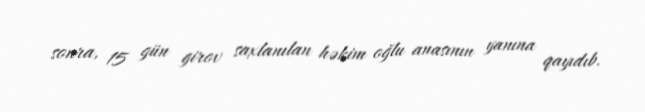
sonra, 15 gün girov saxlanılan həkim oğlu anasının yanına qayıdıb.